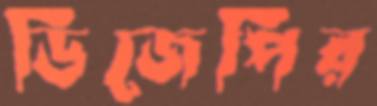
ডিজেপির